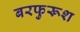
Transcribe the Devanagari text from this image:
बरफुरूश